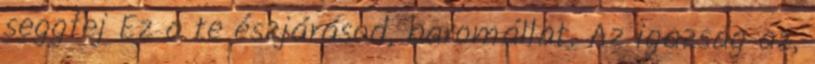
seggfej Ez a te észjárásod, baromállat. Az igazság az,